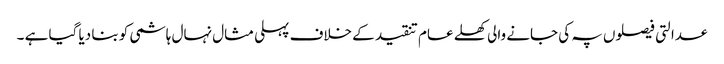
عدالتی فیصلوں پہ کی جانے والی کھلے عام تنقید کے خلاف پہلی مثال نہال ہاشمی کو بنا دیا گیا ہے ۔